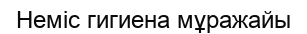
Неміс гигиена мұражайы